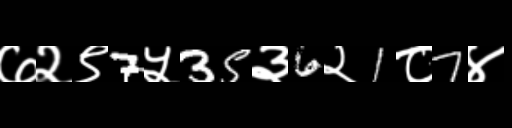
Text: ७२९7५35३6२1८7४